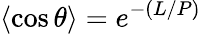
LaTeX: \langle\cos{\theta}\rangle=e^{-(L/P)}